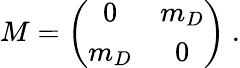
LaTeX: M=\left(\begin{array}{cc}{{0}}&{{m_{D}}}\\ {{m_{D}}}&{{0}}\end{array}\right)~.